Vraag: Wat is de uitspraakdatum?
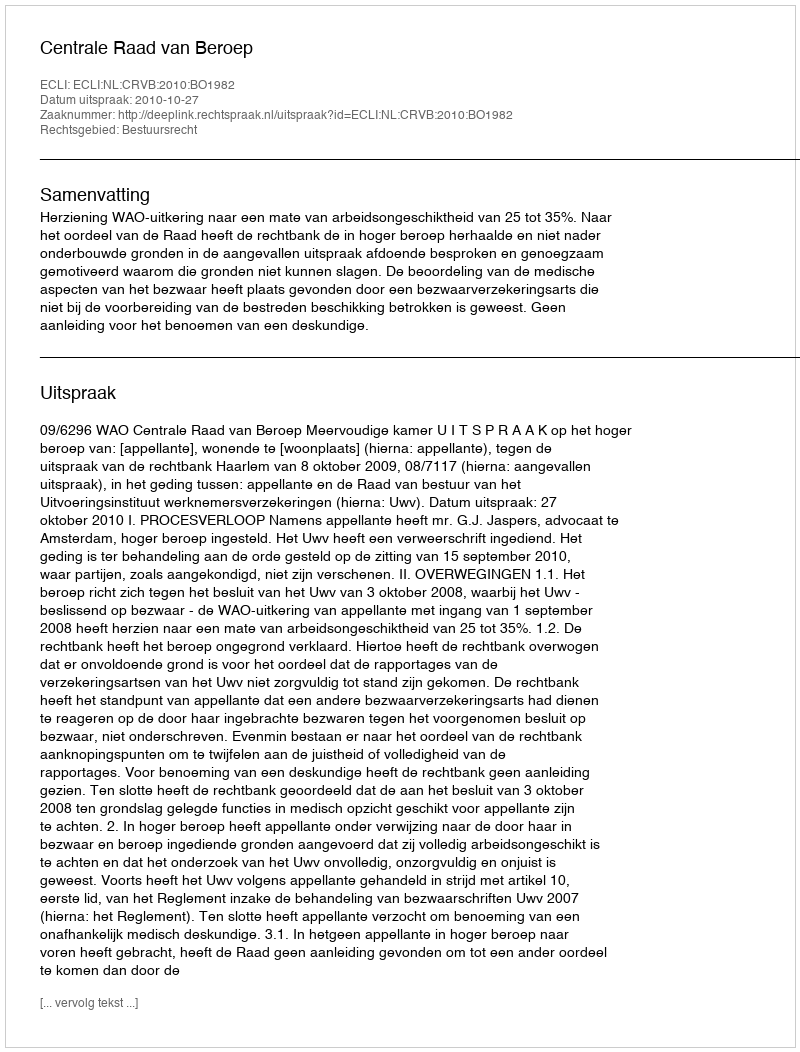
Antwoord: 2010-10-27